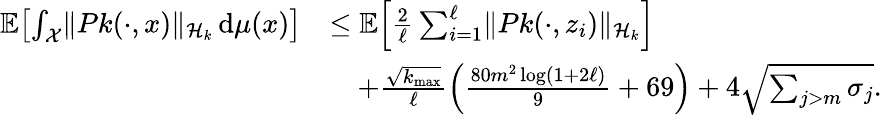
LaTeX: \begin{array}{rl}{\mathbb{E}\! \left[\int_{\mathcal{X}}\lVert Pk(\cdot,x)\rVert_{\mathcal{H}_{k}}\, \mathrm{d}\mu(x)\right]}&{\le\mathbb{E}\! \left[\frac 2\ell\sum_{i=1}^{\ell}\lVert Pk(\cdot,z_{i})\rVert_{\mathcal{H}_{k}}\right]}\\ &{\quad+\frac{\sqrt{k_{\operatorname*{max}}}}{\ell}\left(\frac{80m^{2}\log(1+2\ell)}9+69\right)+4\sqrt{\sum_{j>m}\sigma_{j}}.}\end{array}